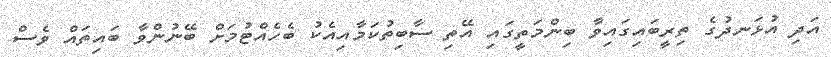
އަދި އުޅަނދުގެ ތިރީބައިގައިވާ ބިންމަތީގައި އޭތި ސާބިތުކަމާއިއެކު ބެހެއްޓުމަށް ބޭނުންވާ ބައިތައް ވެސް